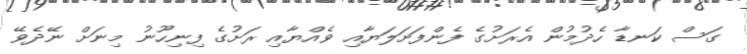
ގަސް ކަނޑާ ހެދުމުން އެރަށުގެ ފެންފަށަލަޔާއި ވެއްޔާއި ރަށުގެ ފިނިހޫނު މިނަށް ނޭދެވޭ